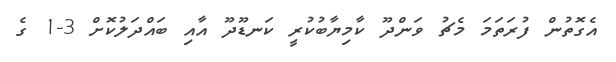
އެގޮތުން ފުރަތަމަ މެޗު ވަންދޫ ކާމިޔާބުކުރީ ކަނޑޫދޫ އާއި ބައްދަލުކޮށް 3-1 ގެ